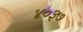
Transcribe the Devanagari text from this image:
४०३७